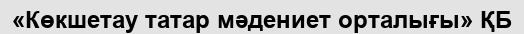
«Көкшетау татар мәдениет орталығы» ҚБ